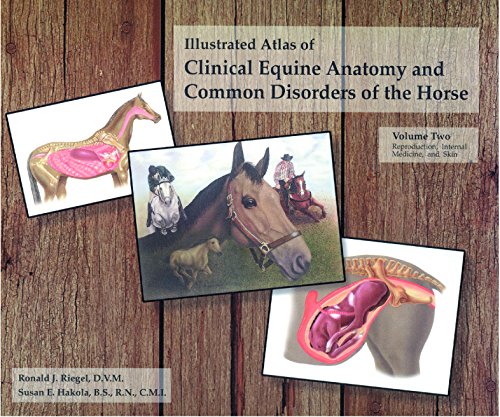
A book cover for The Illustrated Atlas of Clinical Equine Anatomy and Common Disorders of the Horse (Vol 2); Ronald Riegel; Medical Books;